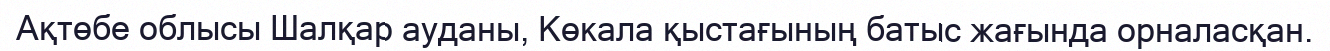
Ақтөбе облысы Шалқар ауданы, Көкала қыстағының батыс жағында орналасқан.